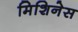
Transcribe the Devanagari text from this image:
मिशिनेस